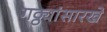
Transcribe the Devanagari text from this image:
गठ्ठ्यांसारखे